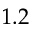
1 . 2